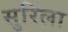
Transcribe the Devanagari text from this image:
सुरिला